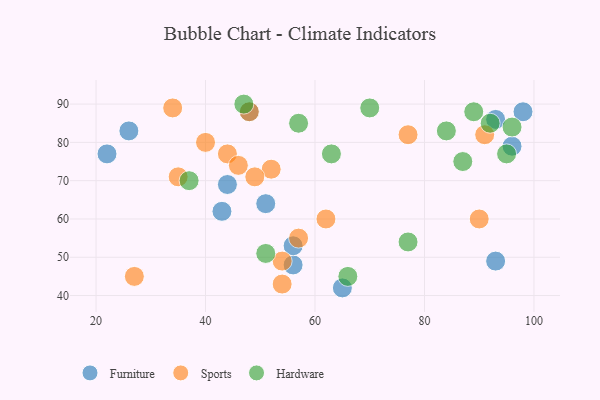
{"axis": {"x": "GDP", "y": "Life Expectancy"}, "legend": ["Furniture", "Hardware", "Sports"], "data": [{"x": "96", "y": 79, "type": "Furniture"}, {"x": "44", "y": 69, "type": "Furniture"}, {"x": "93", "y": 86, "type": "Furniture"}, {"x": "43", "y": 62, "type": "Furniture"}, {"x": "26", "y": 83, "type": "Furniture"}, {"x": "98", "y": 88, "type": "Furniture"}, {"x": "48", "y": 88, "type": "Furniture"}, {"x": "56", "y": 48, "type": "Furniture"}, {"x": "51", "y": 64, "type": "Furniture"}, {"x": "56", "y": 53, "type": "Furniture"}, {"x": "65", "y": 42, "type": "Furniture"}, {"x": "22", "y": 77, "type": "Furniture"}, {"x": "93", "y": 49, "type": "Furniture"}, {"x": "52", "y": 73, "type": "Sports"}, {"x": "49", "y": 71, "type": "Sports"}, {"x": "54", "y": 49, "type": "Sports"}, {"x": "90", "y": 60, "type": "Sports"}, {"x": "77", "y": 82, "type": "Sports"}, {"x": "91", "y": 82, "type": "Sports"}, {"x": "44", "y": 77, "type": "Sports"}, {"x": "48", "y": 88, "type": "Sports"}, {"x": "34", "y": 89, "type": "Sports"}, {"x": "46", "y": 74, "type": "Sports"}, {"x": "54", "y": 43, "type": "Sports"}, {"x": "62", "y": 60, "type": "Sports"}, {"x": "27", "y": 45, "type": "Sports"}, {"x": "35", "y": 71, "type": "Sports"}, {"x": "57", "y": 55, "type": "Sports"}, {"x": "40", "y": 80, "type": "Sports"}, {"x": "96", "y": 84, "type": "Hardware"}, {"x": "92", "y": 85, "type": "Hardware"}, {"x": "95", "y": 77, "type": "Hardware"}, {"x": "70", "y": 89, "type": "Hardware"}, {"x": "87", "y": 75, "type": "Hardware"}, {"x": "37", "y": 70, "type": "Hardware"}, {"x": "89", "y": 88, "type": "Hardware"}, {"x": "57", "y": 85, "type": "Hardware"}, {"x": "47", "y": 90, "type": "Hardware"}, {"x": "51", "y": 51, "type": "Hardware"}, {"x": "77", "y": 54, "type": "Hardware"}, {"x": "84", "y": 83, "type": "Hardware"}, {"x": "63", "y": 77, "type": "Hardware"}, {"x": "66", "y": 45, "type": "Hardware"}]}